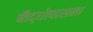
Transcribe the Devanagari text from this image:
बौद्धोपासना